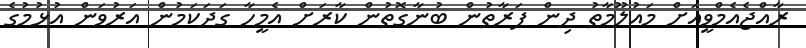
ރާއްޖެއެމްވީއަށް މައުލޫމާތު ދިން ފަރާތުން ބުނާގޮތުން ކާރަށް އެމީހާ ގަދަކަމުން އަރުވަން އުޅުމުގެ